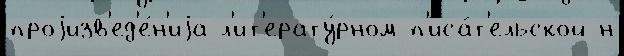
проjизв'ед'е́н'иjа л'ит'ерату́рном п'иса́т'ельской н